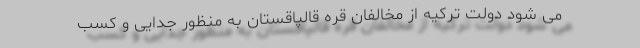
می شود دولت ترکیه از مخالفان قره قالپاقستان به منظور جدایی و کسب